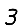
Digit: 3